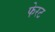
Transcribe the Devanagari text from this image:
फेरट